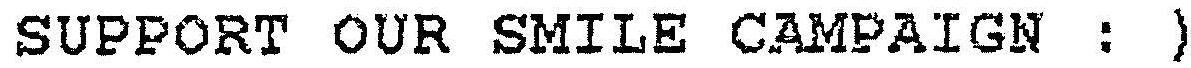
SUPPORT OUR SMILE CAMPAIGN : )